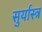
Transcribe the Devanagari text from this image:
सुर्यास्त्र